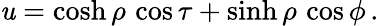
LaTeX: \mathit{u}=\cosh\rho\, \cos\tau+\sinh\rho\, \cos\phi\, .